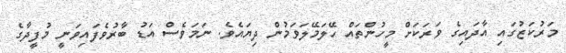
މަރުކަޒުގައި އާދައިގެ ވަރަކަށް މީހުންތައް ހޭލަމޭލަވަމުން ދިޔައެވެ. ނަމަވެސް އަޑު ބާރުވެފައިވަނީ މުފީދާގެ